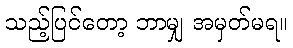
သည့်ပြင်တော့ ဘာမျှ အမှတ်မရ။